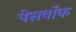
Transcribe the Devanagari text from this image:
पेसवॉक